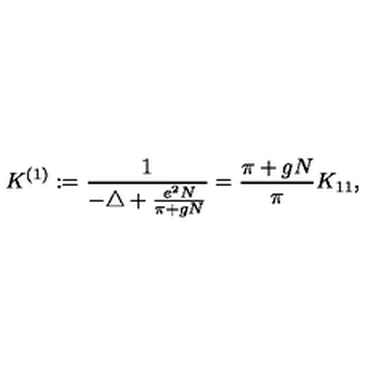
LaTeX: K ^ { ( 1 ) } : = \frac { 1 } { - \triangle + \frac { e ^ { 2 } N } { \pi + g N } } = \frac { \pi + g N } { \pi } K _ { 1 1 } ,